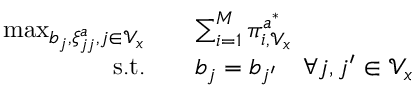
\begin{array} { r l } { \operatorname* { m a x } _ { b _ { j } , \xi _ { j j } ^ { a } , j \in \mathcal { V } _ { x } } \quad } & { \sum _ { i = 1 } ^ { M } \pi _ { i , \mathcal { V } _ { x } } ^ { a ^ { * } } } \\ { \mathrm { s . t . } \quad } & { b _ { j } = b _ { j ^ { \prime } } \quad \forall j , j ^ { \prime } \in \mathcal { V } _ { x } } \end{array}